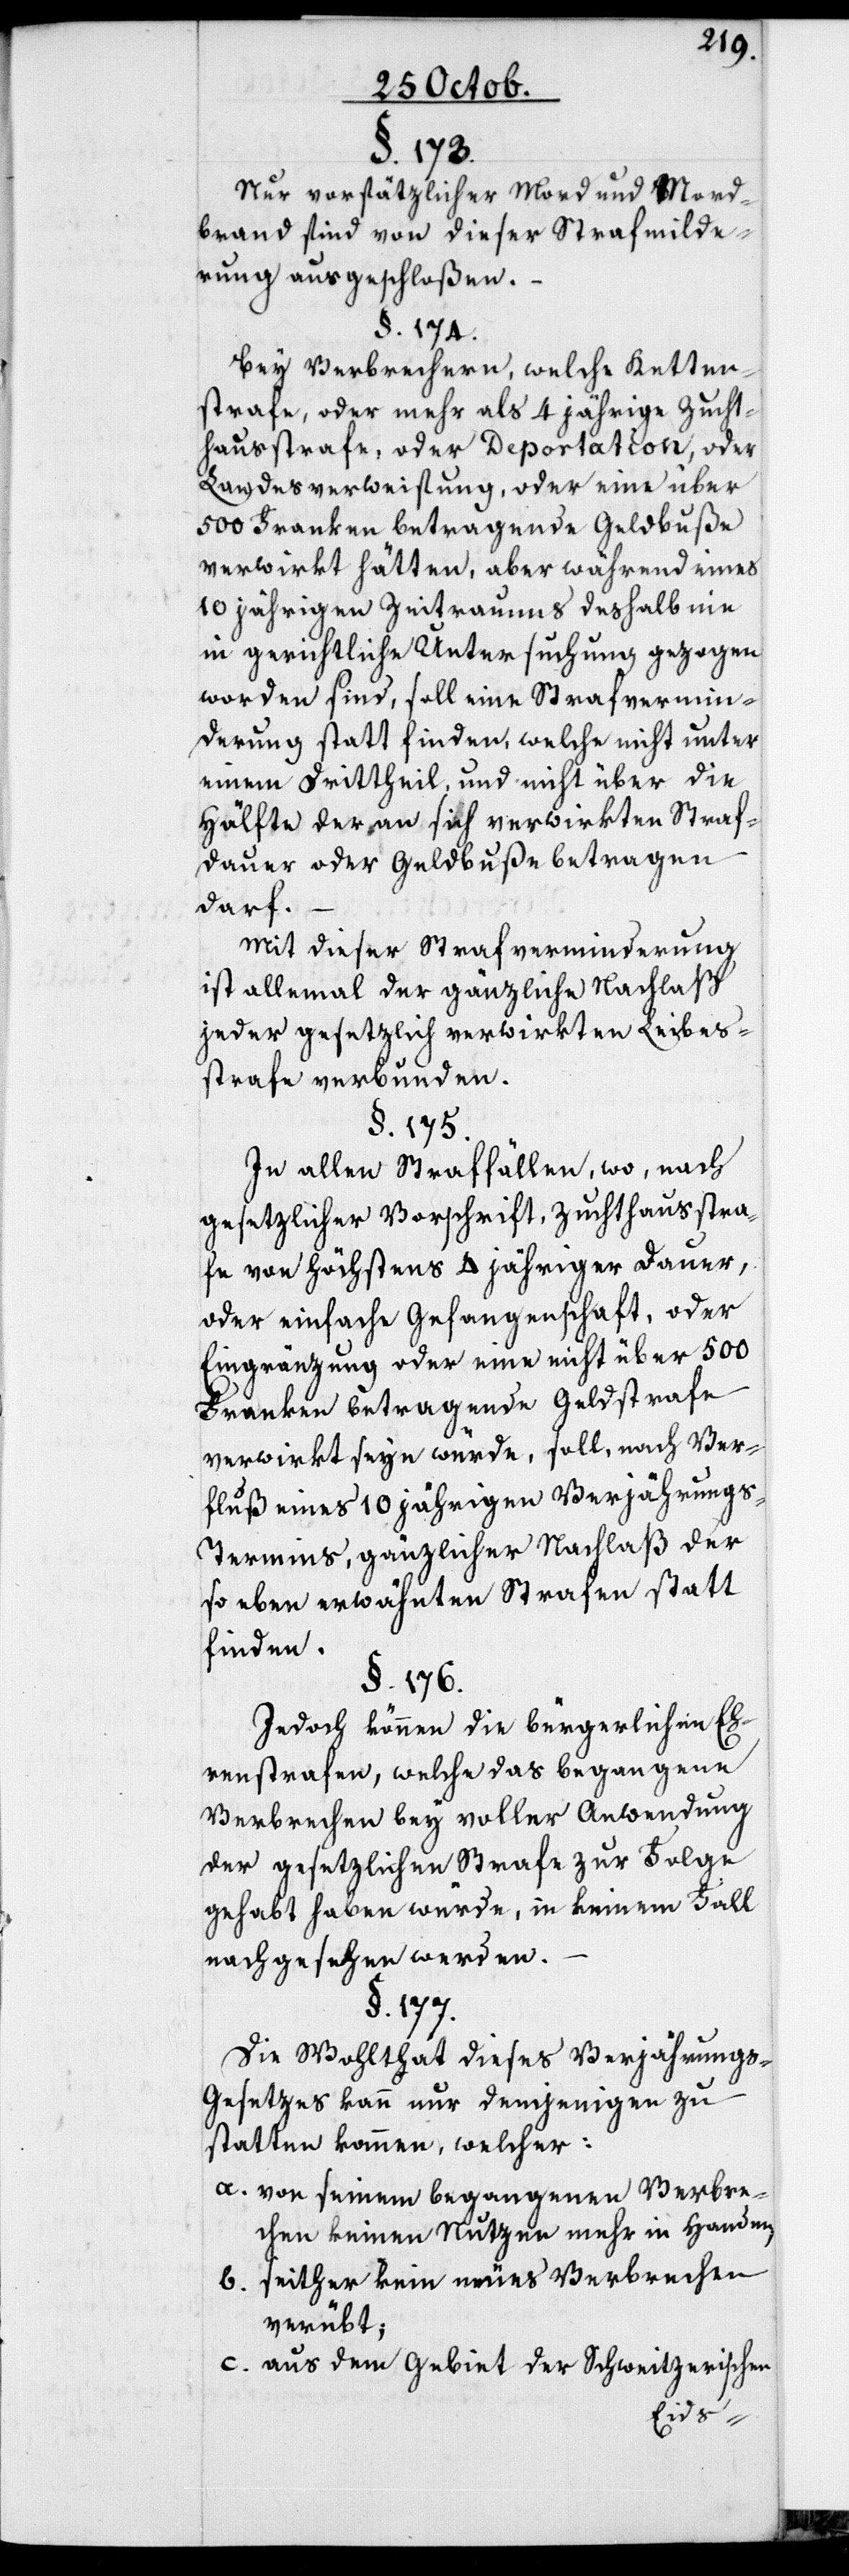
§. 173.
Nur vorsätzlicher Mord und Mord¬
brand sind von dieser Strafmilde¬
rung ausgeschloßen.
§. 174.
Bei Verbrechern, welche Ketten¬
strafe, oder mehr als 4 jährige Zucht¬
hausstrafe, oder Deportation, oder
Landesverweisung, oder eine über
500 Franken betragende Geldbuße
verwirkt hätten, aber während eines
10 jährigen Zeitraums deshalb nie
in gerichtliche Untersuchung gezogen
worden sind, soll eine Strafvermin¬
derung statt finden, welche nicht unter
einen Drittheil, und nicht über die
Hälfte der an sich verwirkten Straf¬
dauer oder Geldbuße betragen
darf.
Mit dieser Strafverminderung
ist allemal der gänzliche Nachlaß
jeder gesetzlich verwirkten Leibes¬
strafe verbunden.
§. 175.
In allen Straffällen, wo, nach
gesetzlicher Vorschrift, Zuchthausstra¬
fe von höchstens 4 jähriger Dauer,
oder einfache Gefangenschaft, oder
Eingränzung, oder eine nicht über 500
Franken betragende Geldstrafe
verwirkt seyn würde, soll, nach Ver¬
fluß eines 10 jährigen Verjährung¬
s-Termins, gänzlicher Nachlaß der
so eben erwähnten Strafen statt¬
finden.
§. 176.
Jedoch können die bürgerlichen Eh¬
renstrafen, welche das begangene
Verbrechen bey voller Anwendung
der gesetzlichen Strafe zur Folge
gehabt haben würde, in keinem Fall
nachgesehen werden.
§. 177.
Die Wohlthat dieses Verjährung¬
s-Gesetzes kann nur demjenigen zu¬
statten kommen, welcher:
a. von seinem begangenen Verbre¬
chen keinen Nutzen mehr in Handen;
b. seither kein neues Verbrechen
verübt;
c. aus dem Gebiet der Schweitzerischen